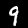
Digit: 9